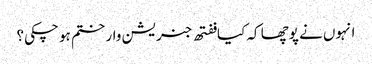
انہوں نے پوچھا کہ کیا ففتھ جنریشن وار ختم ہو چکی؟